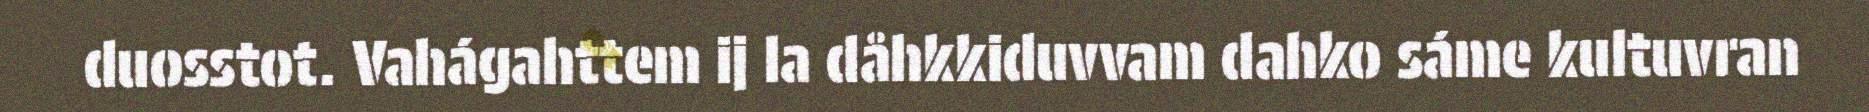
duosstot. Vahágahttem ij la dåhkkiduvvam dahko sáme kultuvran